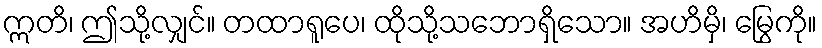
ဣတိ၊ ဤသို့လျှင်။ တထာရူပေ၊ ထိုသို့သဘောရှိသော။ အဟိမှိ၊ မြွေကို။